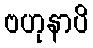
ဗဟုနာပိ